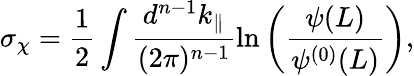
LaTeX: \sigma_{\chi}=\frac{1}{2}\int\frac{d^{n-1}k_{\| }}{(2\pi)^{n-1}}\ln\left(\frac{\psi(L)}{\psi^{(0)}(L)}\right),